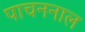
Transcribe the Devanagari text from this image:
पाचननाल